Sketch of the medical history of the native army of Bombay, for the year
Year: 1872
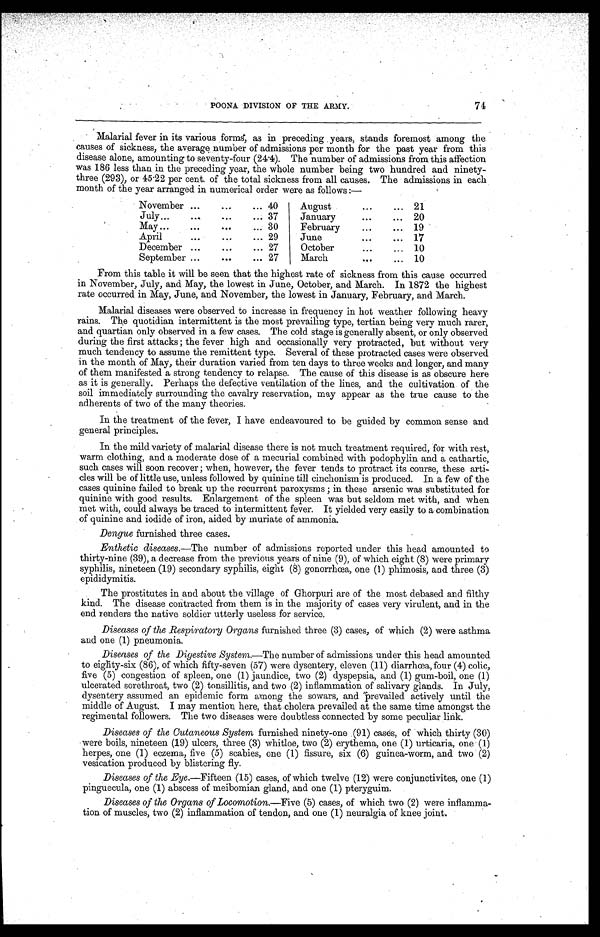
74
POONA DIVISION OF THE ARMY.
Malarial fever in its various forms, as in preceding years, stands foremost among the
causes of sickness, the average number of admissions per month for the past year from this
disease alone, amounting to seventy-four (24.4). The number of admissions from this affection
was 186 less than in the preceding year, the whole number being two hundred and ninety
-three (293), or 45.22 per cent. of the total sickness from all causes. The admissions in each
month of the year arranged in numerical order were as follows :—
November . . . 40
August . . . 21
July . . . 37
January . . .
20
May . . . 30
February . . . 19
April . . . 29
June . . . 17
December . . . 27
October . . . 10
September . . . 27
March . . . 10
From this table it will be seen that the highest rate of sickness from this cause occurred
in November, July, and May, the lowest in June, October, and March. In 1872 the highest
rate occurred in May, June, and November, the lowest in January, February, and March.
Malarial diseases were observed to increase in frequency in hot weather following heavy
rains. The quotidian intermittent is the most prevailing type, tertian being very much rarer,
and quartian only observed in a few cases. The cold stage is generally absent, or only observed
during the first attacks ; the fever high and occasionally very protracted, but without very
much tendency to assume the remittent type. Several of these protracted cases were observed
in the month of May, their duration varied from ten days to three weeks and longer, and many
of them manifested a strong tendency to relapse. The cause of this disease is as obscure here
as it is generally. Perhaps the defective ventilation of the lines, and the cultivation of the
soil immediately surrounding the cavalry reservation, may appear as the true cause to the
adherents of two of the many theories.
In the treatment of the fever, I have endeavoured to be guided by common sense and
general principles.
In the mild variety of malarial disease there is not much treatment required, for with rest,
warm clothing, and a moderate dose of a mecurial combined with podophylin and a cathartic,
such cases will soon recover ; when, however, the fever tends to protract its course, these arti
- c l e s w i l l b e o f l i t t l e u s e , u n l e s s f o l l o w e d b y q u i n i n e t i l l c i n c h o n i s m i s p r o d u c e d . I n a f e w o f t h e
cases quinine failed to break up the recurrent paroxysms ; in these arsenic was substituted for
quinine with good results. Enlargement of the spleen was but seldom met with, and when
met with, could always be traced to intermittent fever. It yielded very easily to a combination
of quinine and iodide of iron, aided by muriate of ammonia.
Dengue furnished three cases.
Enthetic diseases .—The number of admissions reported under this head amounted to
thirty-nine (39), a decrease from the previous years of nine (9), of which eight (8) were primary
syphilis, nineteen (19) secondary syphilis, eight (8) gonorrhœa, one (1) phimosis, and three (3)
epididymitis.
The prostitutes in and about the village of Ghorpuri are of the most debased and filthy
kind. The disease contracted from them is in the majority of cases very virulent, and in the
end renders the native soldier utterly useless for service.
Diseases of the Respiratory Organs furnished three (3) cases, of which (2) were asthma
and one (1) pneumonia.
Diseases of the Digestive System.—The number of admissions under this head amounted
to eighty-six (86), of which fifty-seven (57) were dysentery, eleven (11) diarrhœa, four (4) colic,
five (5) congestion of spleen, one (1) jaundice, two (2) dyspepsia, and (1) gum-boil, one (1)
ulcerated sorethroat, two (2) tonsillitis, and two (2) inflammation of salivary glands. In July,
dysentery assumed an epidemic form among the sowars, and prevailed actively until the
middle of August. I may mention here, that cholera prevailed at the same time amongst the
regimental followers. The two diseases were doubtless connected by some peculiar link.
Diseases of the Cutaneous System furnished ninety-one ,(91) cases, of which thirty (30)
were boils, nineteen (19) ulcers, three (3) whitloe, two (2) erythema, one (1) urticaria, one (1)
herpes, one (1) eczema, five (5) scabies, one (1) fissure, six (6) guinea-worm, and two (2)
vesication produced by blistering fly.
Diseases of the Eye.—Fifteen (15) cases, of which twelve (12) were conjunctivites, one (1)
pinguecula, one (1) abscess of meibomian gland, and one (1) pteryguim.
Diseases of the Organs of Locomotion .—Five (5) cases, of which two (2) were inflamma
-tion of muscles, two (2) inflammation of tendon, and one (1) neuralgia of knee joint.